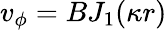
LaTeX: v_{\phi}=BJ_{1}(\kappa r)